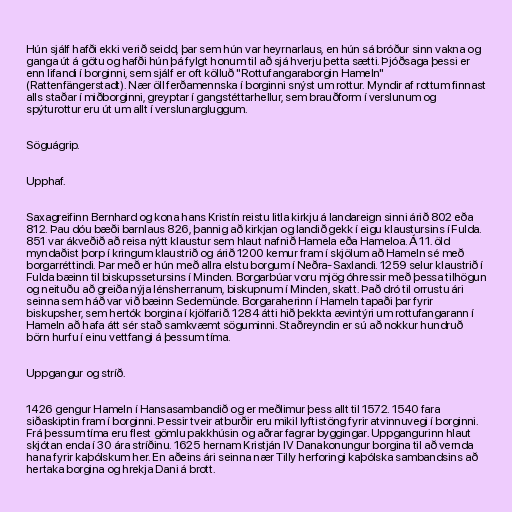
Hún sjálf hafði ekki verið seidd, þar sem hún var heyrnarlaus, en hún sá bróður sinn vakna og
ganga út á götu og hafði hún þá fylgt honum til að sjá hverju þetta sætti. Þjóðsaga þessi er
enn lifandi í borginni, sem sjálf er oft kölluð "Rottufangaraborgin Hameln"
(Rattenfängerstadt). Nær öll ferðamennska í borginni snýst um rottur. Myndir af rottum finnast
alls staðar í miðborginni, greyptar í gangstéttarhellur, sem brauðform í verslunum og
spýturottur eru út um allt í verslunargluggum.

Söguágrip.

Upphaf.

Saxagreifinn Bernhard og kona hans Kristín reistu litla kirkju á landareign sinni árið 802 eða
812. Þau dóu bæði barnlaus 826, þannig að kirkjan og landið gekk í eigu klaustursins í Fulda.
851 var ákveðið að reisa nýtt klaustur sem hlaut nafnið Hamela eða Hameloa. Á 11. öld
myndaðist þorp í kringum klaustrið og árið 1200 kemur fram í skjölum að Hameln sé með
borgarréttindi. Þar með er hún með allra elstu borgum í Neðra-Saxlandi. 1259 selur klaustrið í
Fulda bæinn til biskupssetursins í Minden. Borgarbúar voru mjög óhressir með þessa tilhögun
og neituðu að greiða nýja lénsherranum, biskupnum í Minden, skatt. Það dró til orrustu ári
seinna sem háð var við bæinn Sedemünde. Borgaraherinn í Hameln tapaði þar fyrir
biskupsher, sem hertók borgina í kjölfarið. 1284 átti hið þekkta ævintýri um rottufangarann í
Hameln að hafa átt sér stað samkvæmt söguminni. Staðreyndin er sú að nokkur hundruð
börn hurfu í einu vettfangi á þessum tíma.

Uppgangur og stríð.

1426 gengur Hameln í Hansasambandið og er meðlimur þess allt til 1572. 1540 fara
siðaskiptin fram í borginni. Þessir tveir atburðir eru mikil lyftistöng fyrir atvinnuvegi í borginni.
Frá þessum tíma eru flest gömlu pakkhúsin og aðrar fagrar byggingar. Uppgangurinn hlaut
skjótan enda í 30 ára stríðinu. 1625 hernam Kristján IV Danakonungur borgina til að vernda
hana fyrir kaþólskum her. En aðeins ári seinna nær Tilly herforingi kaþólska sambandsins að
hertaka borgina og hrekja Dani á brott.